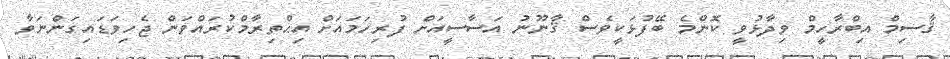
ޤާސިމް އިބްރާހީމް ވިދާޅުވީ ކޮންމެ ބޭފުޅަކީވެސް ޤާނޫނު އަސާސީއަށް ފުރިހަމައަށް އިޙްތިރާމްކުރައްވަން ޖެހިވަޑައިގަންނަވާ